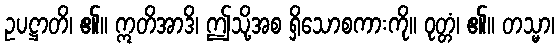
ဥပဋ္ဌာတိ၊ ၏။ ဣတိအာဒိ၊ ဤသို့အစ ရှိသောစကားကို။ ဝုတ္တံ၊ ၏။ တသ္မာ၊